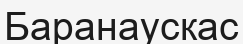
Баранаускас